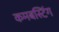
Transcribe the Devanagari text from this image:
कमबस्टिंग